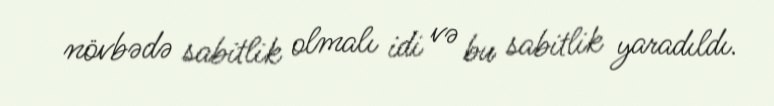
növbədə sabitlik olmalı idi və bu sabitlik yaradıldı.